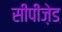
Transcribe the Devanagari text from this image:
सीपीज़ेड